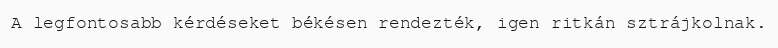
A legfontosabb kérdéseket békésen rendezték, igen ritkán sztrájkolnak.